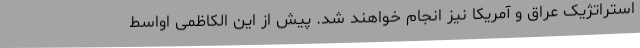
استراتژیک عراق و آمریکا نیز انجام خواهند شد. پیش از این الکاظمی اواسط